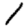
Digit: 1